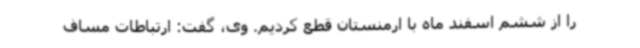
را از ششم اسفند ماه با ارمنستان قطع کردیم. وی، گفت: ارتباطات مساف